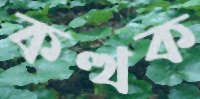
কত্থক